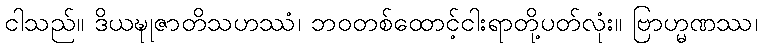
ငါသည်။ ဒိယဍ္ဎုဇာတိသဟဿံ၊ ဘဝတစ်ထောင့်ငါးရာတို့ပတ်လုံး။ ဗြာဟ္မဏဿ၊